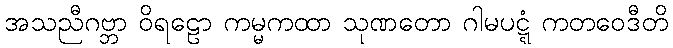
အသညီဂဗ္ဘာ ဝိရဠော ကမ္မကထာ သုဏတော ဂါမပဋ္ဋံ ကတဝေဒီတိ